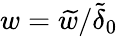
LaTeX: w=\widetilde{w}/\widetilde{\delta}_{0}